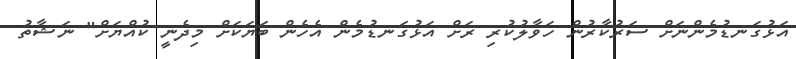
އަޅުގަނޑުމެންނަށް ސަރުކާރުން ހަވާލުކުރި ރަށް އަޅުގަނޑުމެން އެހެން ބަޔަކަށް މިދެނީ ކުއްޔަށް" ނަޝާތު